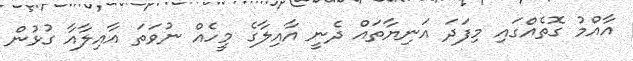
އާއްމު ގޮތެއްގައި މިފަދަ އަނިޔާތައް ދެނީ އާއިލާގެ މީހެއް ނުވަތަ އާއިލާއާ ގުޅުން